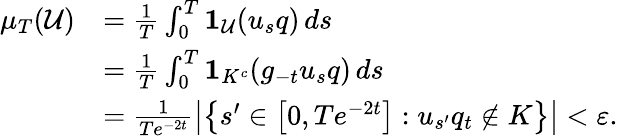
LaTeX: \begin{array}{rl}{\mu_{T}(\mathcal{U})}&{=\frac{1}{T}\int_{0}^{T}\mathbf{1}_{\mathcal{U}}(u_{s}q)\, ds}\\ &{=\frac{1}{T}\int_{0}^{T}\mathbf{1}_{K^{c}}(g_{-t}u_{s}q)\, ds}\\ &{=\frac{1}{Te^{-2t}}\left|\left\{ s^{\prime}\in\left[0,Te^{-2t}\right]:u_{s^{\prime}}q_{t}\notin K\right\} \right|<\varepsilon.}\end{array}